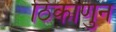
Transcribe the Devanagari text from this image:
ठिकाणुन